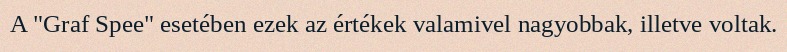
A "Graf Spee" esetében ezek az értékek valamivel nagyobbak, illetve voltak.